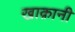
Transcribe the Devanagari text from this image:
खाक़ानी